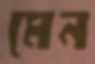
মেন